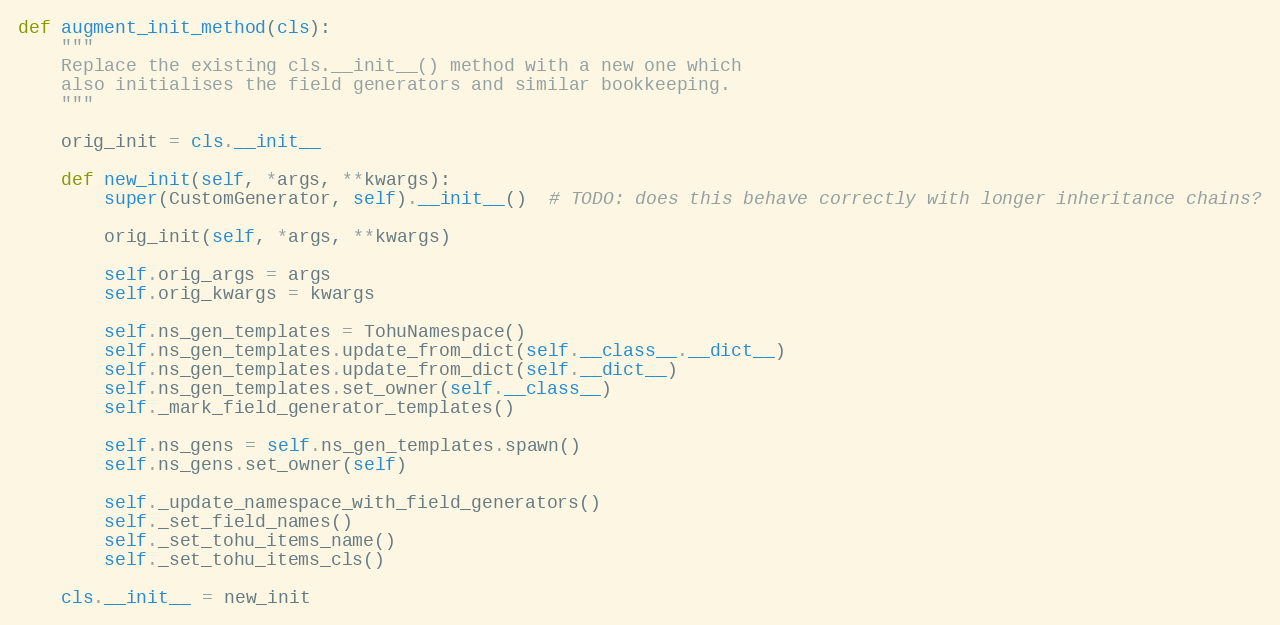
Language: Python
def augment_init_method(cls):
    """
    Replace the existing cls.__init__() method with a new one which
    also initialises the field generators and similar bookkeeping.
    """

    orig_init = cls.__init__

    def new_init(self, *args, **kwargs):
        super(CustomGenerator, self).__init__()  # TODO: does this behave correctly with longer inheritance chains?

        orig_init(self, *args, **kwargs)

        self.orig_args = args
        self.orig_kwargs = kwargs

        self.ns_gen_templates = TohuNamespace()
        self.ns_gen_templates.update_from_dict(self.__class__.__dict__)
        self.ns_gen_templates.update_from_dict(self.__dict__)
        self.ns_gen_templates.set_owner(self.__class__)
        self._mark_field_generator_templates()

        self.ns_gens = self.ns_gen_templates.spawn()
        self.ns_gens.set_owner(self)

        self._update_namespace_with_field_generators()
        self._set_field_names()
        self._set_tohu_items_name()
        self._set_tohu_items_cls()

    cls.__init__ = new_init